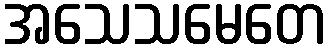
အသေသမေတေ